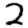
Digit: 2